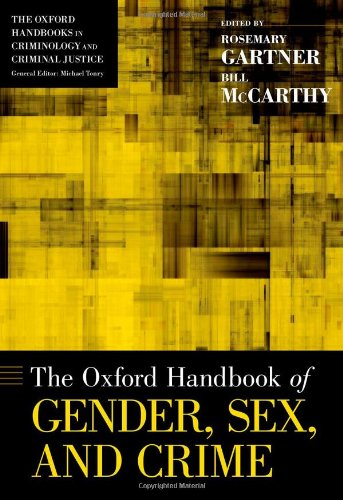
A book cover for The Oxford Handbook of Gender, Sex, and Crime (Oxford Handbooks); Law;